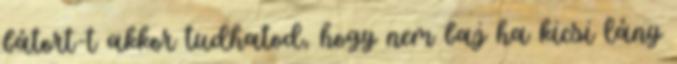
bátort-t akkor tudhatod, hogy nem baj ha kicsi lány